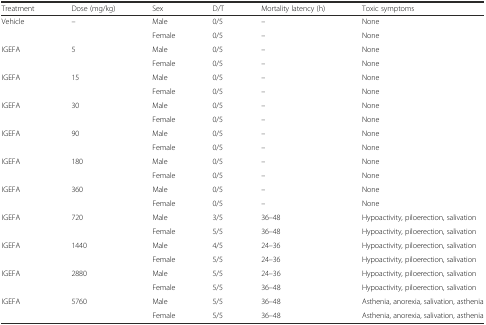
| Treatment | Dose (mg/kg) | Sex | D/T | Mortality latency (h) | Toxic symptoms |
 | --- | --- | --- | --- | --- | --- |
 | <ROWSPAN=2> Vehicle | <ROWSPAN=2> – | Male | 0/5 | – | None |
 | Female | 0/5 | – | None |
 | <ROWSPAN=2> IGEFA | <ROWSPAN=2> 5 | Male | 0/5 | – | None |
 | Female | 0/5 | – | None |
 | <ROWSPAN=2> IGEFA | <ROWSPAN=2> 15 | Male | 0/5 | – | None |
 | Female | 0/5 | – | None |
 | <ROWSPAN=2> IGEFA | <ROWSPAN=2> 30 | Male | 0/5 | – | None |
 | Female | 0/5 | – | None |
 | <ROWSPAN=2> IGEFA | <ROWSPAN=2> 90 | Male | 0/5 | – | None |
 | Female | 0/5 | – | None |
 | <ROWSPAN=2> IGEFA | <ROWSPAN=2> 180 | Male | 0/5 | – | None |
 | Female | 0/5 | – | None |
 | <ROWSPAN=2> IGEFA | <ROWSPAN=2> 360 | Male | 0/5 | – | None |
 | Female | 0/5 | – | None |
 | <ROWSPAN=2> IGEFA | <ROWSPAN=2> 720 | Male | 3/5 | 36–48 | Hypoactivity, piloerection, salivation |
 | Female | 5/5 | 36–48 | Hypoactivity, piloerection, salivation |
 | <ROWSPAN=2> IGEFA | <ROWSPAN=2> 1440 | Male | 4/5 | 24–36 | Hypoactivity, piloerection, salivation |
 | Female | 5/5 | 24–36 | Hypoactivity, piloerection, salivation |
 | <ROWSPAN=2> IGEFA | <ROWSPAN=2> 2880 | Male | 5/5 | 24–36 | Hypoactivity, piloerection, salivation |
 | Female | 5/5 | 36–48 | Hypoactivity, piloerection, salivation |
 | <ROWSPAN=2> IGEFA | <ROWSPAN=2> 5760 | Male | 5/5 | 36–48 | Asthenia, anorexia, salivation, asthenia |
 | Female | 5/5 | 36–48 | Asthenia, anorexia, salivation, asthenia |